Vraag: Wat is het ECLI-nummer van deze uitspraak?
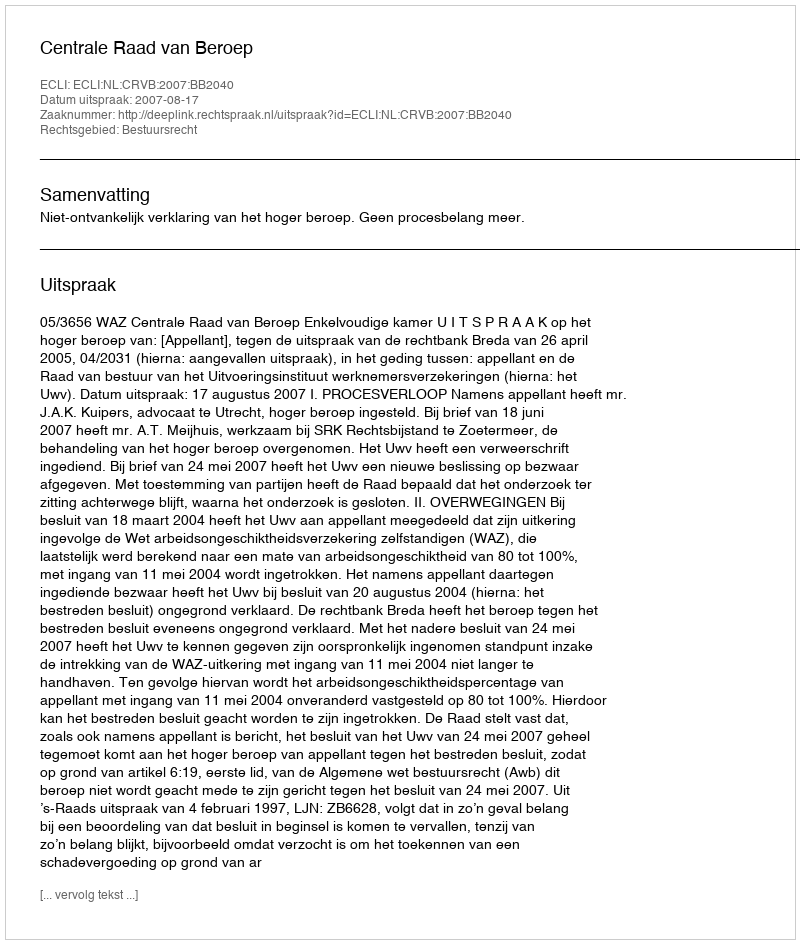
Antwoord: ECLI:NL:CRVB:2007:BB2040